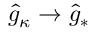
\hat { g } _ { \kappa } \to \hat { g } _ { * }